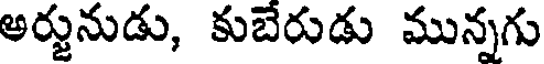
అర్జునుడు, కుబేరుడు మున్నగు